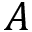
A